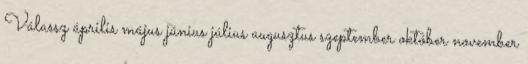
Válassz április május június július augusztus szeptember október november